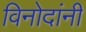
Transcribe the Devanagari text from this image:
विनोदांनी